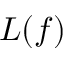
L ( f )